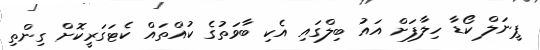
ޕީނަލް ކޯޑާ ހިލާފަށް އައު ބިލްގައި އެކި ބާވަތުގެ ކުއްތައް ކެޓަގަރީކޮށް ގިންތި